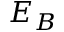
E _ { B }